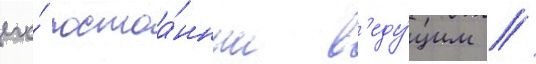
его́ постоа́нным в'еду́щим //